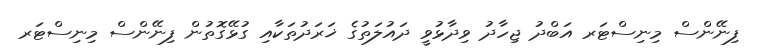
ފިނޭންސް މިނިސްޓަރ އަބްދު ޖިހާދު ވިދާޅުވީ ދައުލަތުގެ ޚަރަދުތަކާއި ގުޅޭގޮތުން ފިނޭންސް މިނިސްޓަރ